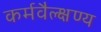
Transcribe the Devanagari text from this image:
कर्मवैल्क्षण्य